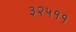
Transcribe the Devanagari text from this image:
३२५११